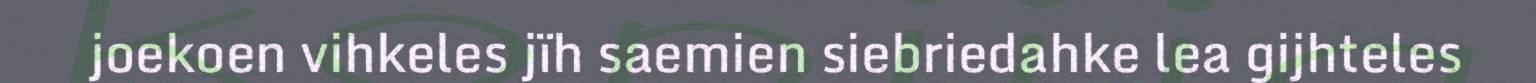
joekoen vihkeles jïh saemien siebriedahke lea gijhteles